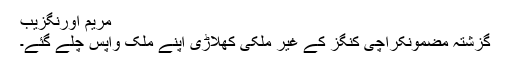
مریم اورنگزیب
گزشتہ مضمونکراچی کنگز کے غیر ملکی کھلاڑی اپنے ملک واپس چلے گئے۔